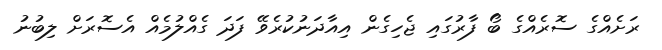
ރަށެއްގެ ސޮރެއްގެ ބޯ ފާރުގައި ޖެހިގެން އިއާދަނުކުރެވޭ ފަދަ ގެއްލުމެއް އެސޮރަށް ލިބުނު